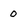
Character: o